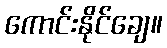
ကောင်းနိုင်ချေ။